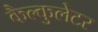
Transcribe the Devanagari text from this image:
कैल्कुलेटर